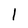
Character: l